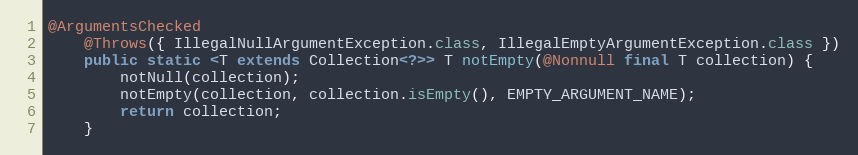
Language: Java
@ArgumentsChecked
	@Throws({ IllegalNullArgumentException.class, IllegalEmptyArgumentException.class })
	public static <T extends Collection<?>> T notEmpty(@Nonnull final T collection) {
		notNull(collection);
		notEmpty(collection, collection.isEmpty(), EMPTY_ARGUMENT_NAME);
		return collection;
	}